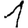
Digit: 1